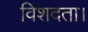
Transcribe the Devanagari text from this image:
विशदता।